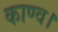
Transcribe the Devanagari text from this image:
काण्व।